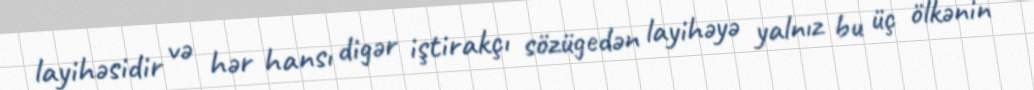
layihəsidir və hər hansı digər iştirakçı sözügedən layihəyə yalnız bu üç ölkənin